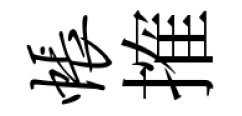
帐搉